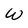
Character: W